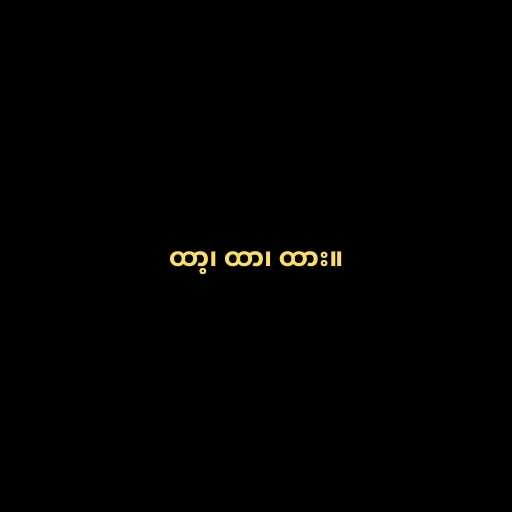
ထာ့၊ ထာ၊ ထား။